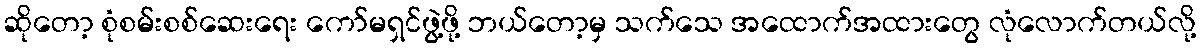
ဆိုတော့ စုံစမ်းစစ်ဆေးရေး ကော်မရှင်ဖွဲ့ဖို့ ဘယ်တော့မှ သက်သေ အထောက်အထားတွေ လုံလောက်တယ်လို့